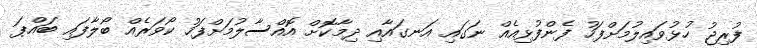
ފުރިޖު ހުޅުވައިލުމަށްފަހު ފެންފުޅިއެއް ނަގައި އަނގައާއި ދިމާކޮށް އޮއްސާލުމަށްފަހު ކޯވަރެއް ބޯލާފައި ބައްޕަ